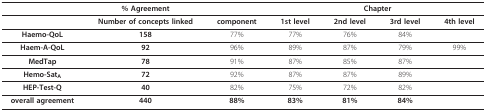
<table><thead><tr><td></td><td><b>% Agreement</b></td><td></td><td colspan="4"><b>Chapter</b></td></tr></thead><tbody><tr><td></td><td><b>Number of concepts linked</b></td><td><b>component</b></td><td><b>1st level</b></td><td><b>2nd level</b></td><td><b>3rd level</b></td><td><b>4th level</b></td></tr><tr><td><b>Haemo-QoL</b></td><td><b>158</b></td><td>77%</td><td>77%</td><td>76%</td><td>84%</td><td></td></tr><tr><td><b>Haem-A-QoL</b></td><td><b>92</b></td><td>96%</td><td>89%</td><td>87%</td><td>79%</td><td>99%</td></tr><tr><td><b>MedTap</b></td><td><b>78</b></td><td>91%</td><td>87%</td><td>85%</td><td>87%</td><td></td></tr><tr><td><b>Hemo-Sat</b><sub><b>A</b></sub></td><td><b>72</b></td><td>92%</td><td>87%</td><td>87%</td><td>89%</td><td></td></tr><tr><td><b>HEP-Test-Q</b></td><td><b>40</b></td><td>82%</td><td>75%</td><td>72%</td><td>82%</td><td></td></tr><tr><td><b>overall agreement</b></td><td><b>440</b></td><td><b>88%</b></td><td><b>83%</b></td><td><b>81%</b></td><td><b>84%</b></td><td></td></tr></tbody></table>